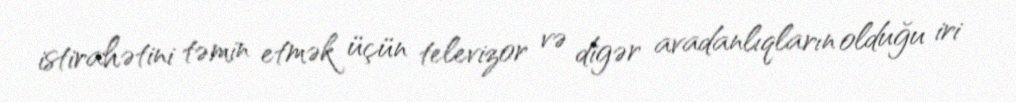
istirahətini təmin etmək üçün televizor və digər avadanlıqların olduğu iri